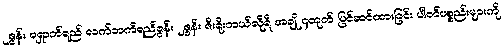
၂ဇွန်း ရှောက်ရည် လက်ဘက်ရည်ဇွန်း ၂ဇွန်း ဇီးရိုးကယ်လိုရီ အချို ၄ထုတ် ပြင်ဆင်ထားခြင်း ပါဝင်ပစ္စည်းများကို